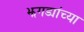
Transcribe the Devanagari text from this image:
झगड्यांच्या